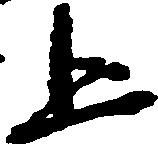
上